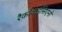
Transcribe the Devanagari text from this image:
रैकोवाइसिएनो